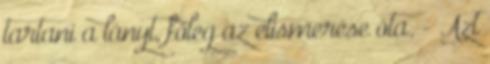
tartani a lányt, főleg az elismerése óta. - Azt